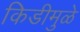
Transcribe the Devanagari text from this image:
किडीमुळे